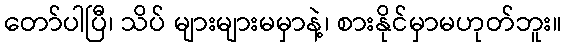
တော်ပါပြီ၊ သိပ် များများမမှာနဲ့၊ စားနိုင်မှာမဟုတ်ဘူး။